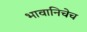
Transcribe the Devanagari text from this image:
भावानिचेच